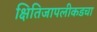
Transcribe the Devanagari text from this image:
क्षितिजापलीकडचा